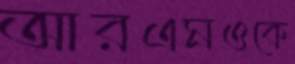
আরএমওকে